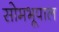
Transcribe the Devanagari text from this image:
सोमभूपाल